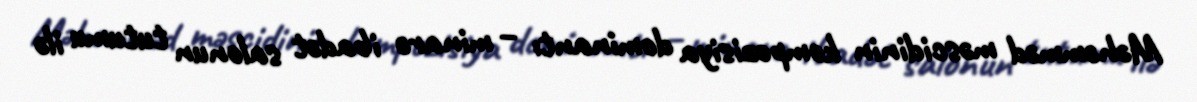
Məhəmməd məscidinin kompozisiya dominantı – minarə ibadət salonun tutumu ilə